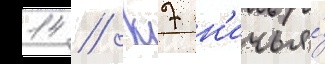
14 // К7 н'ичья́